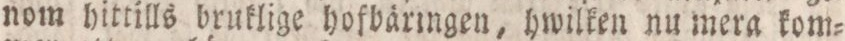
nom hittills bruklige hofbäringen, hwilken nu mera kom=